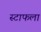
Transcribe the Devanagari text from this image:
स्टाफला